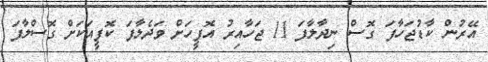
އޭރުން ކާޑުޖަހާފަ ގޮސް ނިދާލާފަ 11 ޖަހާއިރު އޮފީހަށް ވަދެލާފަ ކޮފީއަކަށް ގޮސްލާފަ